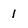
Character: 1